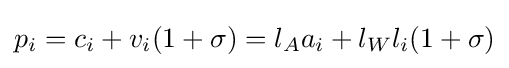
p_{i}=c_{i}+v_{i}(1+\sigma )=l_{A}a_{i}+l_{W}l_{i}(1+\sigma )